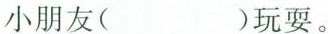
小朋友( ）玩耍。